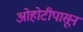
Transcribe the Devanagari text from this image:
ओहोटीपासून